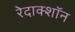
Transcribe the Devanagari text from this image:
रेदाक्शॉन